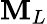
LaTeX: \mathbf{M}_{L}